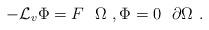
LaTeX: \begin{align*}-\mathcal{L}_v\Phi =F\ \ \Omega\ , \Phi =0\ \ \partial\Omega\ . \end{align*}